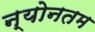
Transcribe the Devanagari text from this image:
न्योनतम